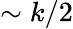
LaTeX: \sim k/2